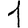
Digit: 1